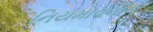
નિયમાવલીનો